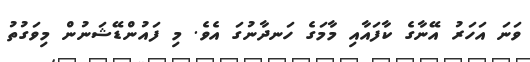
ވަނަ އަހަރު އޭނާގެ ކާފައާއި މާމަގެ ހަނދާނުގަ އެވެ. މި ފައުންޑޭޝަނުން މިވަގުތު